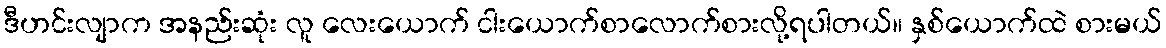
ဒီဟင်းလျာက အနည်းဆုံး လူ လေးယောက် ငါးယောက်စာလောက်စားလို့ရပါတယ်။ နှစ်ယောက်ထဲ စားမယ်